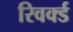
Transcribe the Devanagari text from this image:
रिवर्क्ड